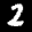
Label: 2